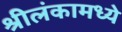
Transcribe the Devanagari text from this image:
श्रीलंकामध्ये